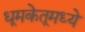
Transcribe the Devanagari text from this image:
धूमकेतूमध्ये